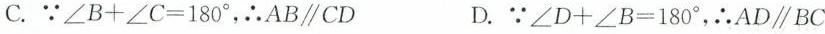
C.∵$$∠ B + ∠ C = 1 8 0 °$$，∴AB\parallel CD D.∵$$∠ D + ∠ B = 1 8 0 °$$，∴AD\parallel BC